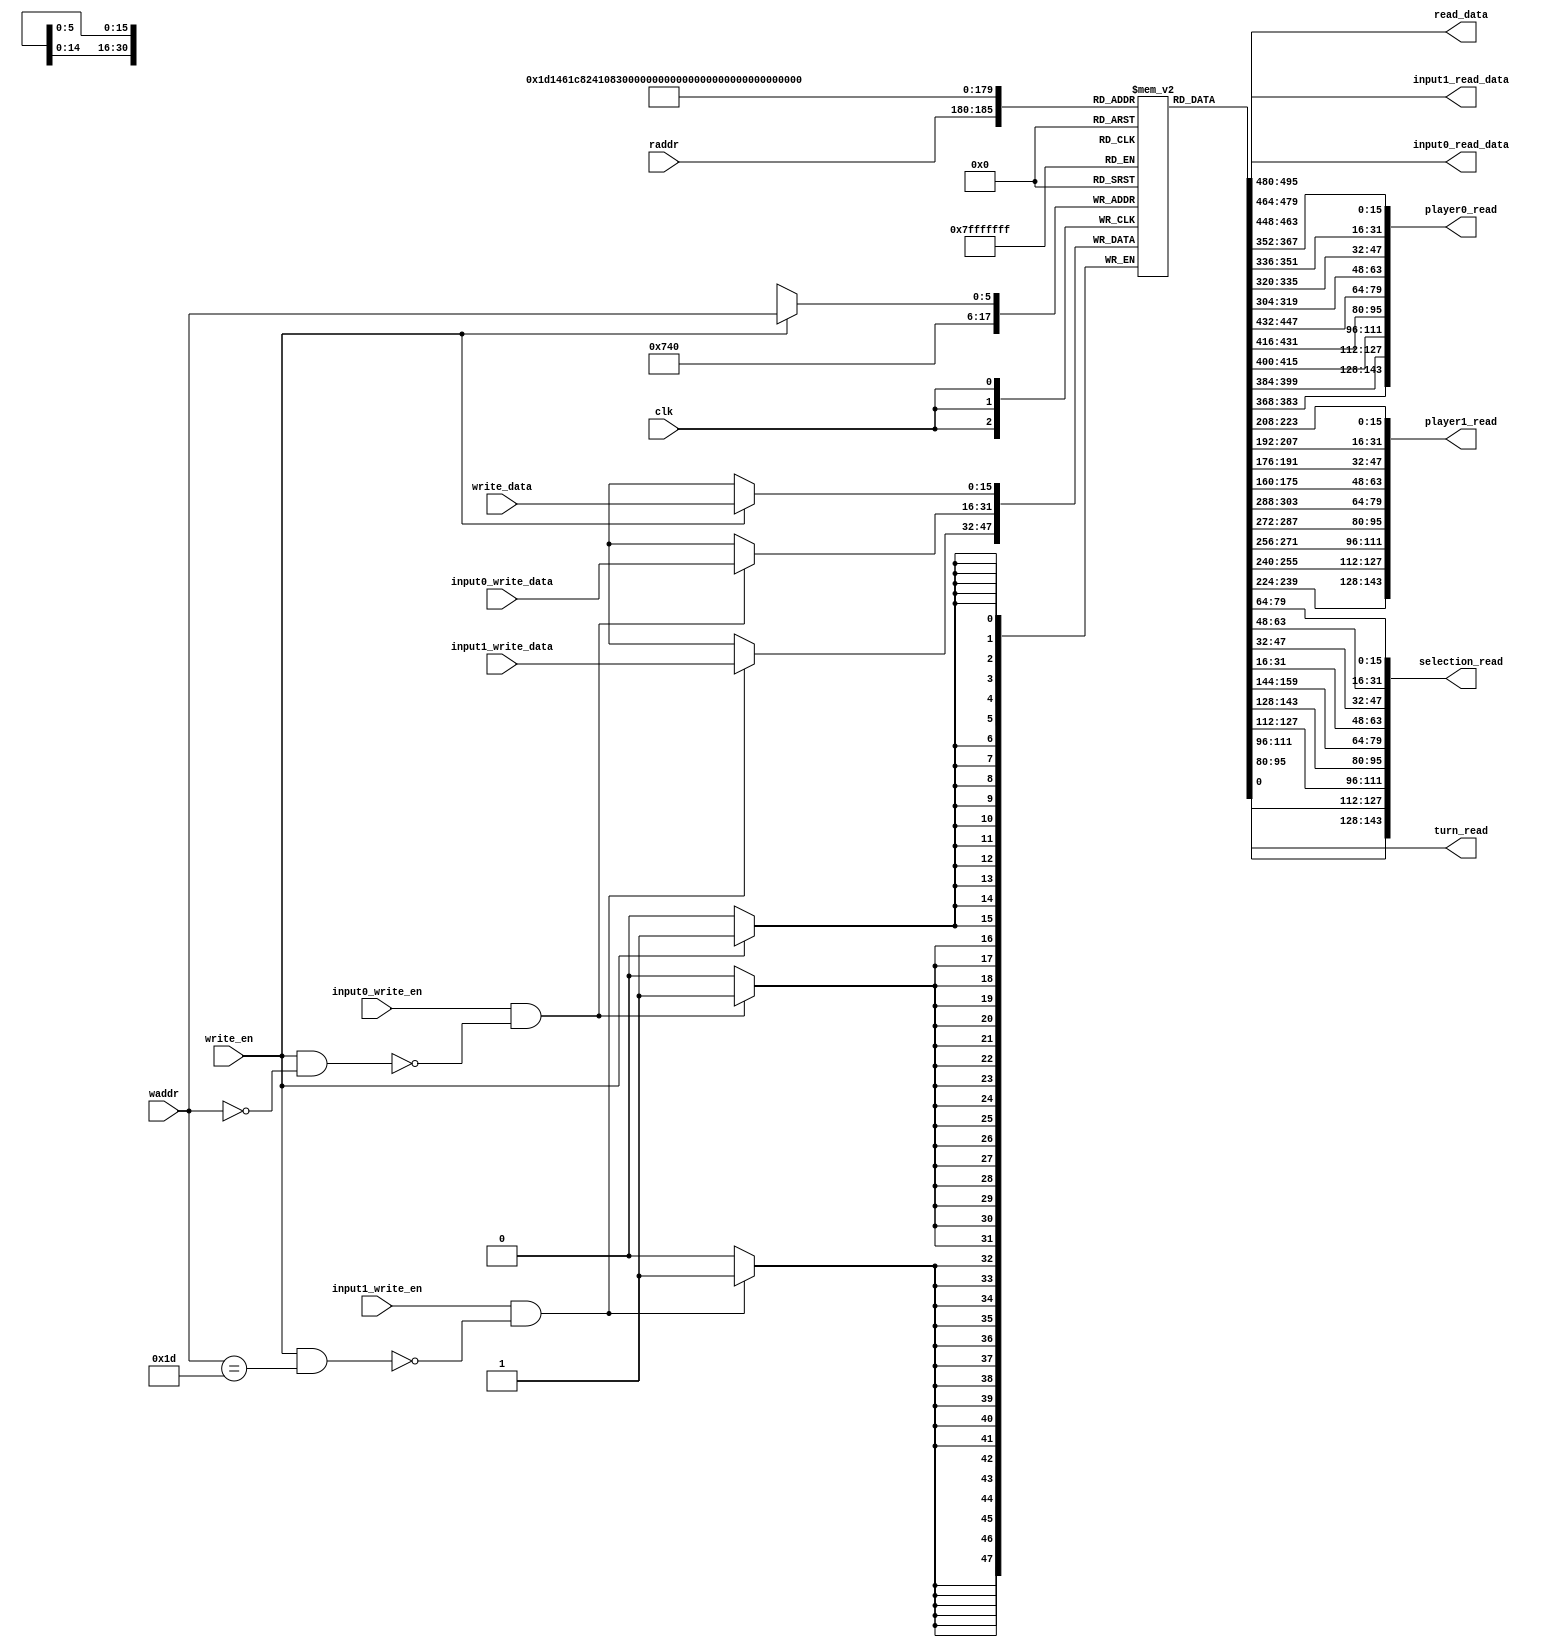
// Based on Alchitry's 2-port RAM. Read/write tested
// Modified to:
// - Include input-specific addresses (0,29) with input write/read interface

module data_memory_7 #(
    parameter SIZE = 16,                // Size of entry at each address
    parameter DEPTH = 64,                // Number of entries/address
    parameter JOYSTICK_ADDR = 0,        // Joystick input address
    parameter BUTTON_ADDR = 29,          // Button read address
    parameter PLAYER0_START = 1,        // Player 1 lowest read address
    parameter PLAYER1_START = 10,        // Player 2 lowest read address
    parameter SELECTED_START = 19,      // Selected lowest read address
    parameter TURN_ADDR = 28            // Turn read address
  )(
    input clk,                        // clock
  
    // regular write interface
    input [$clog2(DEPTH)-1:0] waddr,   // write address (of size log(DEPTH))
    input [SIZE-1:0] write_data,       // write data (of size SIZE)
    input write_en,                    // write enable (1 = write)
    
    // regular read interface
    input [$clog2(DEPTH)-1:0] raddr,   // read address (of size log(DEPTH))
    output [SIZE-1:0] read_data,    // read data (of size SIZE)
    
    // joystick input write interface
    input [SIZE-1:0] input0_write_data,
    input input0_write_en,
    
    // button input write interface
    input [SIZE-1:0] input1_write_data,
    input input1_write_en,
    
    // input read interface
    output [SIZE-1:0] input0_read_data,
    output [SIZE-1:0] input1_read_data,
    
    // player1 read interface
    output [(9*SIZE)-1:0] player0_read,
    
    // player2 read interface
    output [(9*SIZE)-1:0] player1_read,
    
    // selected read interface
    output [(9*SIZE)-1:0] selection_read,
    
    // turn read interface
    output [0:0] turn_read
    
    // debug read interface
    //output [SIZE-1:0] debug_read0,
    //output [SIZE-1:0] debug_read1,
    //output [SIZE-1:0] debug_read2,
    //output [SIZE-1:0] debug_read3
    
  );
  
  reg [SIZE-1:0] mem [DEPTH-1:0];      // memory array to store values
  
  // write clock domain
  always @(posedge clk) begin
    
    // Perform regular write (highest precedence)
    if (write_en) 
      mem[waddr] <= write_data;
      
    // Perform joystick input write only if joystick write is enabled and regular write isn't writing to joystick address
    if (input0_write_en && (!(write_en && (waddr==JOYSTICK_ADDR)))) 
      mem[JOYSTICK_ADDR] <= input0_write_data;
      
    // Perform button input write only if button write is enabled and regular write isn't writing to button address
    if (input1_write_en && (!(write_en && (waddr==BUTTON_ADDR)))) 
      mem[BUTTON_ADDR] <= input1_write_data;
      
  end
  
  assign read_data = mem[raddr];       // read memory directly from memory array (I suppose a mux is implemented in background)
  assign input0_read_data = mem[JOYSTICK_ADDR];     // read joystick input directly from memory array
  assign input1_read_data = mem[BUTTON_ADDR];      // read button input directly from memory array
  
  assign player0_read[(9*SIZE)-1:0] = {mem[PLAYER0_START+8],mem[PLAYER0_START+7],mem[PLAYER0_START+6],mem[PLAYER0_START+5],mem[PLAYER0_START+4],
                                        mem[PLAYER0_START+3],mem[PLAYER0_START+2],mem[PLAYER0_START+1],mem[PLAYER0_START]}; // Assign player 0 occupancy grid
  assign player1_read[(9*SIZE)-1:0] = {mem[PLAYER1_START+8],mem[PLAYER1_START+7],mem[PLAYER1_START+6],mem[PLAYER1_START+5],mem[PLAYER1_START+4],
                                        mem[PLAYER1_START+3],mem[PLAYER1_START+2],mem[PLAYER1_START+1],mem[PLAYER1_START]}; // Assign player 1 occupancy grid
  assign selection_read[(9*SIZE)-1:0] = {mem[SELECTED_START+8],mem[SELECTED_START+7],mem[SELECTED_START+6],mem[SELECTED_START+5],mem[SELECTED_START+4],
                                        mem[SELECTED_START+3],mem[SELECTED_START+2],mem[SELECTED_START+1],mem[SELECTED_START]}; // Assign selected grid
  assign turn_read = mem[TURN_ADDR][0]; // Assign turn read
  //assign debug_read0 = mem[22];
  //assign debug_read1 = mem[23];
  //assign debug_read2 = mem[24];
  //assign debug_read3 = mem[25];
  
  
endmodule